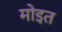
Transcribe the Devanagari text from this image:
मोइत